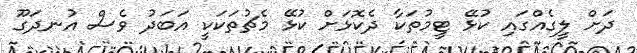
ދަށް ލީގެއްގައި ކުޅޭ ޓީމުތަކާ ދެކޮޅަށް ކުޅޭ މެޗުތަކަކީ އަބަދު ވެސް އުނދަގޫ